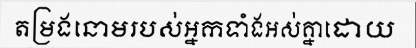
តម្រងនោមរបស់អ្នកទាំងអស់គ្នាដោយ